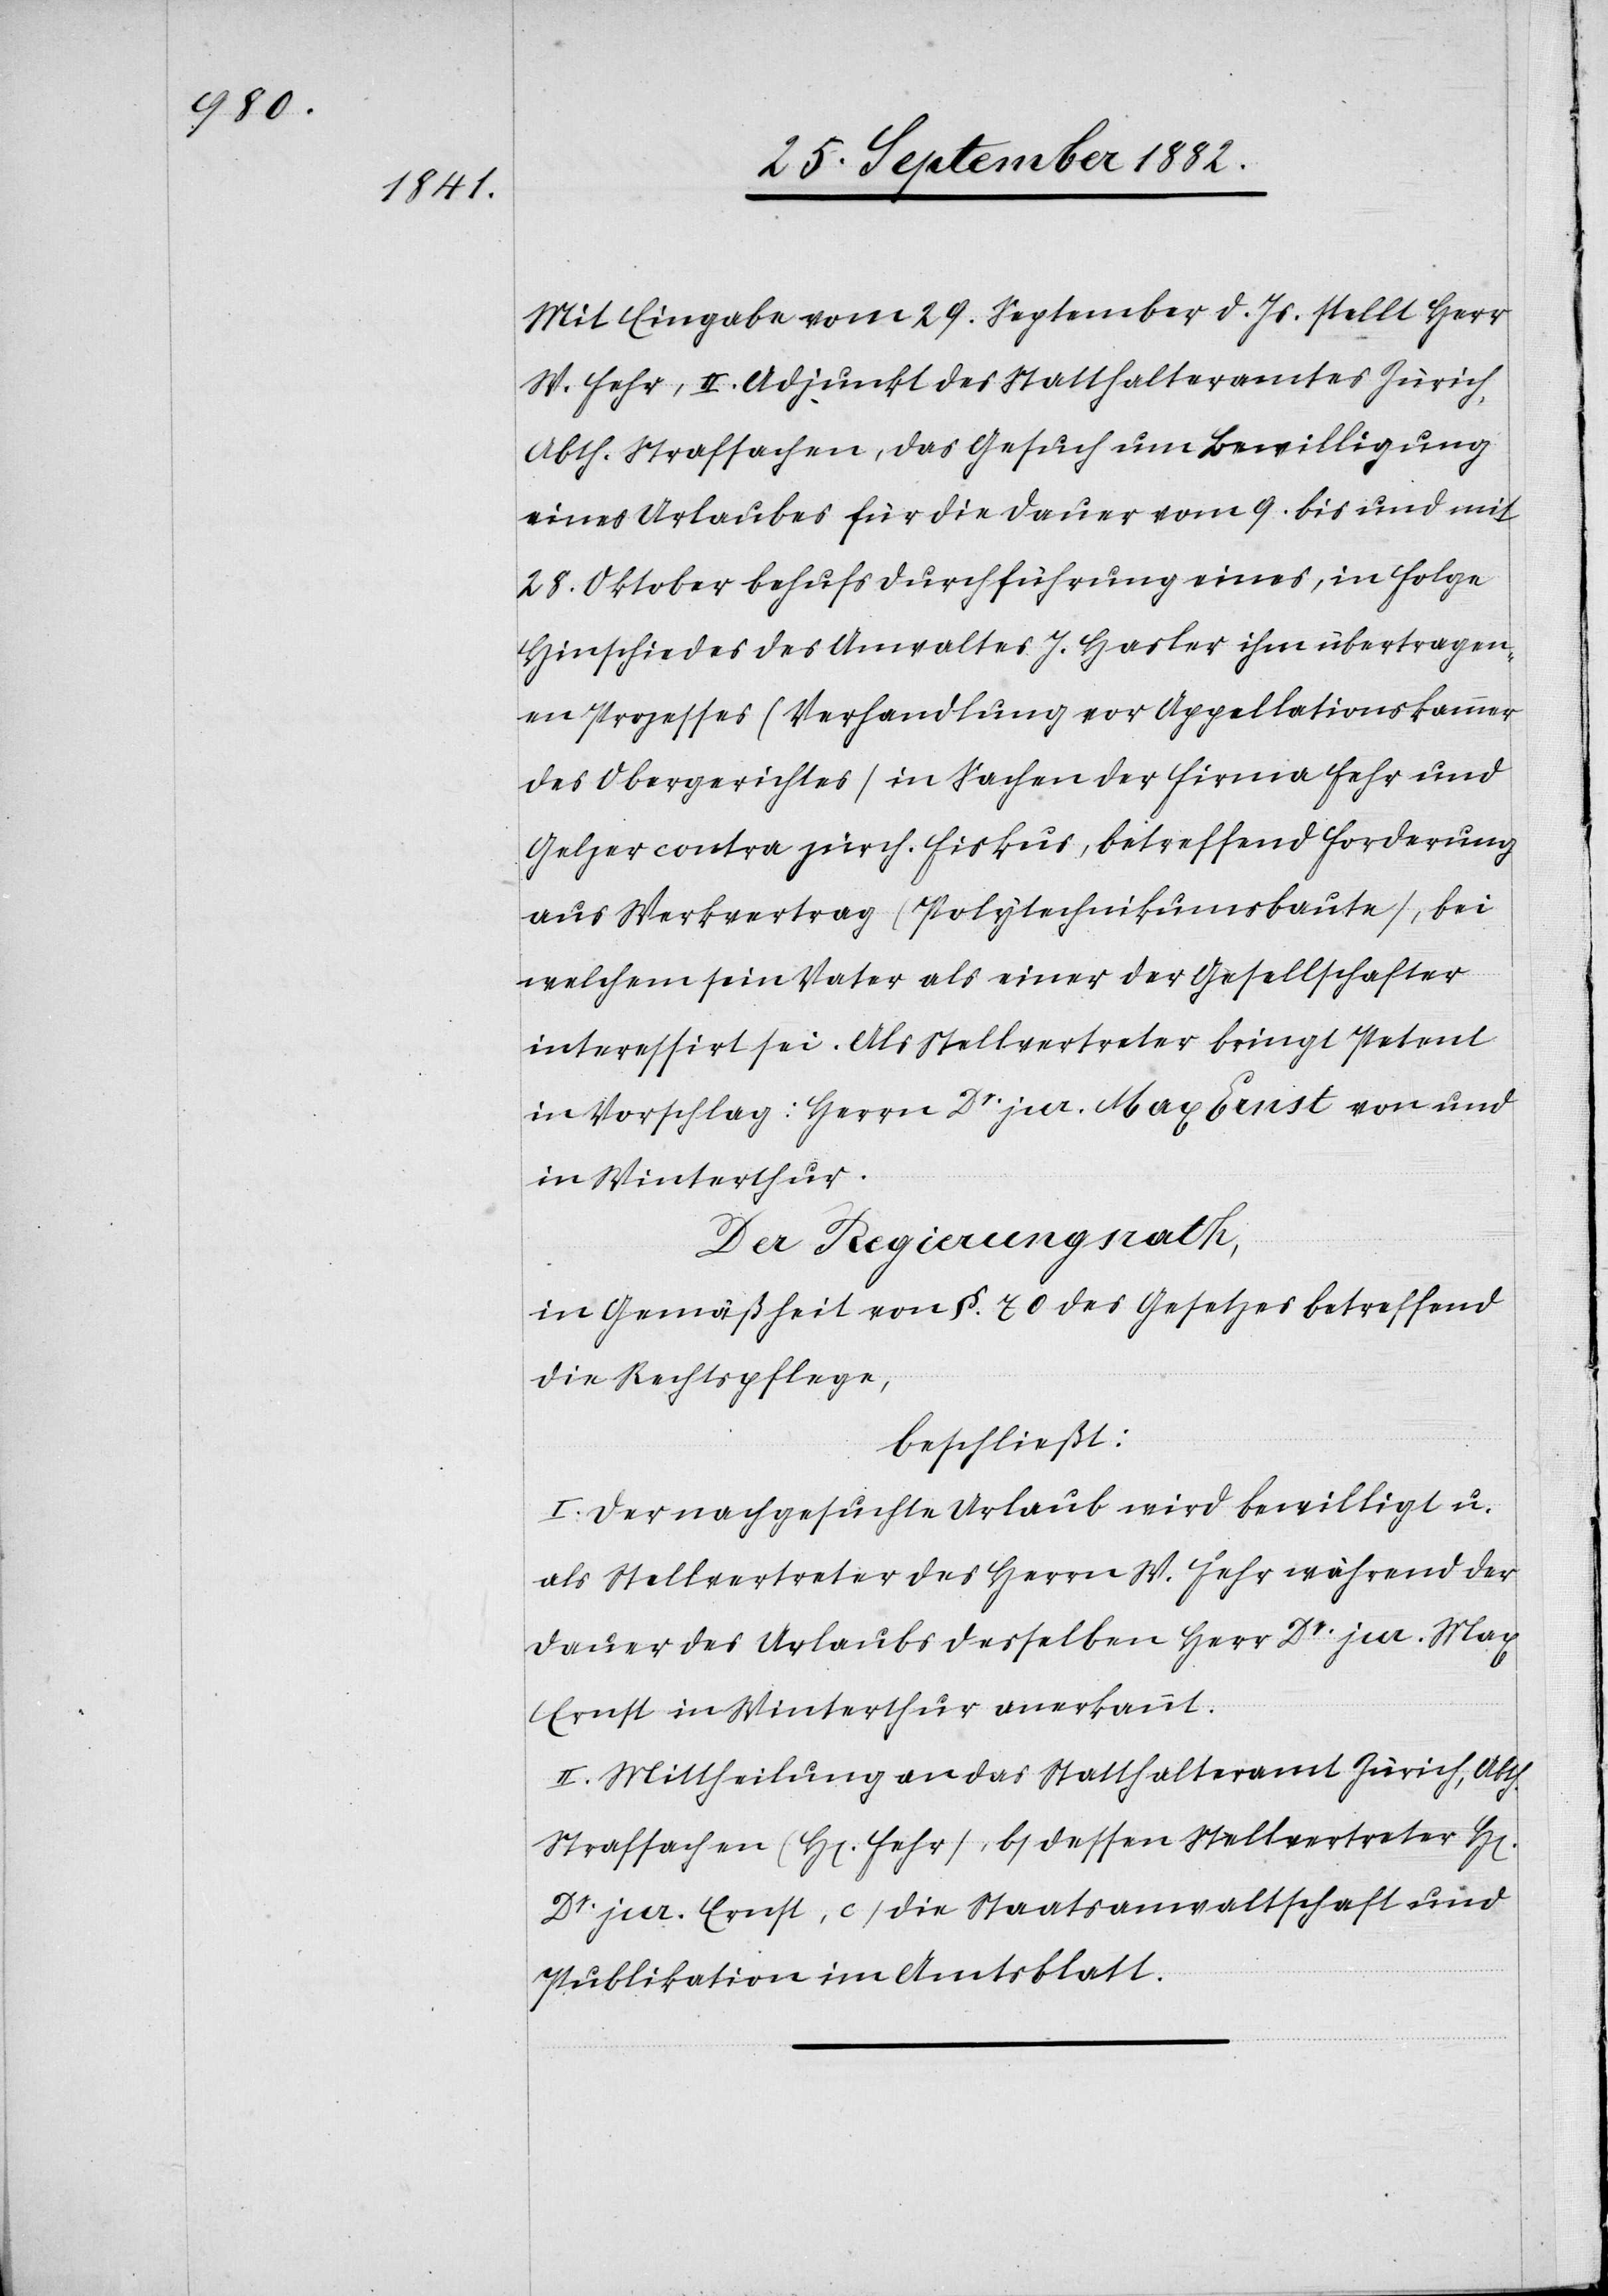
Mit Eingabe vom 29. September d. Js. stellt Herr
W. Fehr, II. Adjunkt des Statthalteramtes Zürich,
Abth. Strafsachen, das Gesuch um Bewilligung
eines Urlaubes für die Dauer vom 9. bis und mit
28. Oktober behufs Durchführung eines, in Folge
Hinschiedes des Anwaltes J. Hasler ihm übertragen¬
en Prozesses (Verhandlung vor Appellationskammer
des Obergerichtes) in Sachen der Firma Fehr und
Gelzer contra zürch. Fiskus, betreffend Forderung
aus Werkvertrag (Polytechnikumsbaute), bei
welchem sein Vater als einer der Gesellschafter
interessirt sei. Als Stellvertreter bringt Petent
in Vorschlag: Herrn Dr jur. Max Ernst von und
in Winterthur.
Der Regierungsrath,
in Gemäßheit von §. 70 des Gesetzes betreffend
die Rechtspflege,
beschließt:
I. Der nachgesuchte Urlaub wird bewilligt u.
als Stellvertreter des Herrn W. Fehr während der
Dauer des Urlaubes desselben Herr Dr. jur. Max
Ernst in Winterthur anerkannt.
II. Mittheilung an das Statthalteramt Zürich, Abth.
Strafsachen (H[errn] Fehr), b) dessen Stellvertreter H[er¬
Dr jur. Ernst, c) die Staatsanwaltschaft und
Publikation im Amtsblatt.

rn]